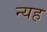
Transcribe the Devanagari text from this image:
न्यह